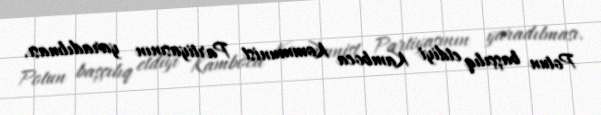
Potun başçılıq etdiyi Kamboca Kommunist Partiyasının yaradılması.